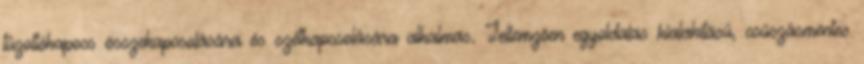
tûzoltókapocs összekapcsolására és szétkapcsolására alkalmas. Jellemzõen egyoldalas kialakítású, csúszásmentes